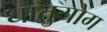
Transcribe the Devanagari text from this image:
धातुयोग